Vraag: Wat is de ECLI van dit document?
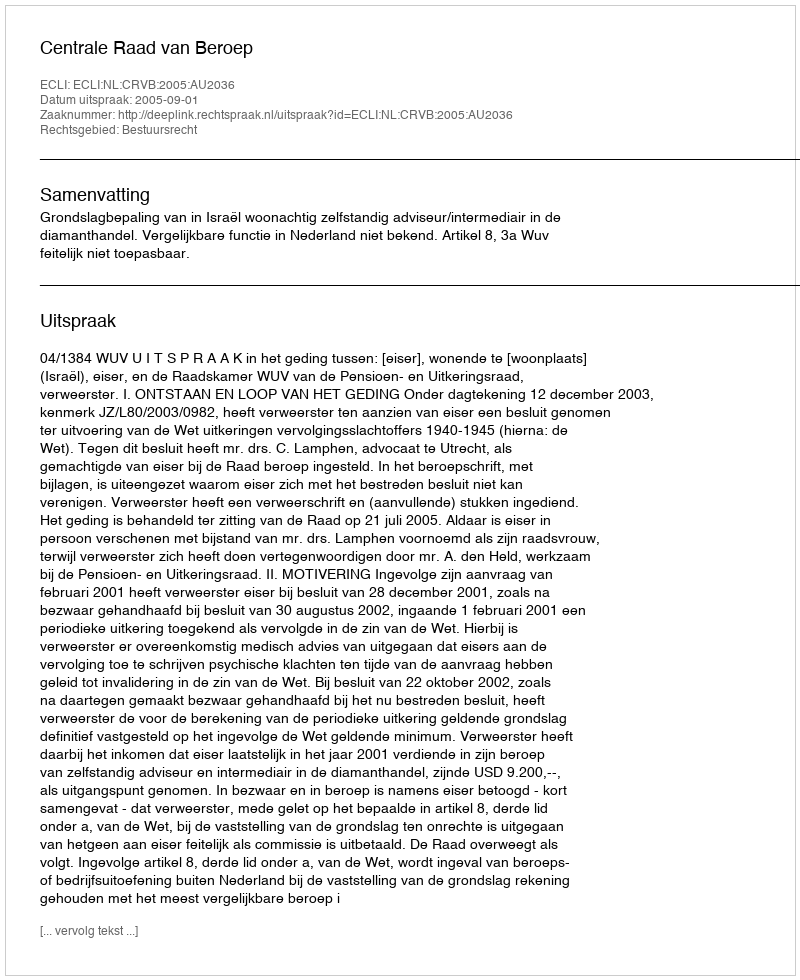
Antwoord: ECLI:NL:CRVB:2005:AU2036